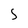
Character: S